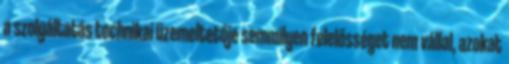
a szolgáltatás technikai üzemeltetője semmilyen felelősséget nem vállal, azokat